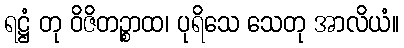
ရဋ္ဌံ တု ဝိဇိတဉ္စာထ၊ ပုရိသေ သေတု အာလိယံ။